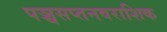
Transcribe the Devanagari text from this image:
पञ्चसप्तनवराशिक